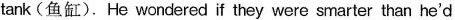
tank (鱼缸). He wondered if they were smarter than he'd